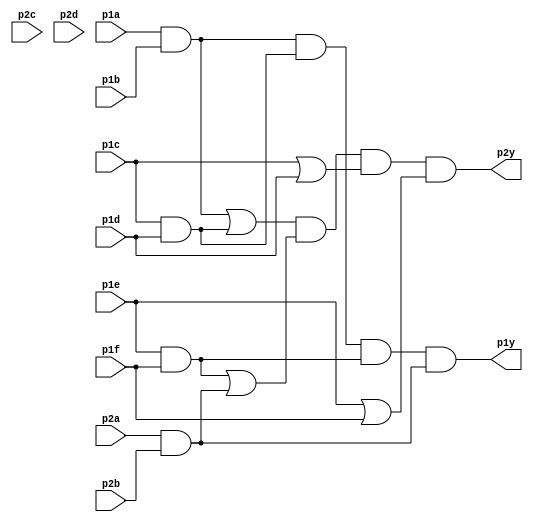
module top_module ( 
    input p1a, p1b, p1c, p1d, p1e, p1f,
    output p1y,
    input p2a, p2b, p2c, p2d,
    output p2y );

    wire a1, a2, a3, a4, b1, b2, b3, b4;
    assign p1y = a1 & a2 & a3 & a4;
    assign p2y = b1 & b2 & b3 & b4;

    and gate1 (a1, p1a, p1b);
    and gate2 (a2, p1c, p1d);
    and gate3 (a3, p1e, p1f);
    and gate4 (a4, p2a, p2b);

    or gate5 (b1, a1, a2);
    or gate6 (b2, a3, a4);
    or gate7 (b3, p1c, p1d);
    or gate8 (b4, p1e, p1f);

endmodule